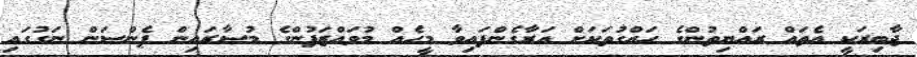
ޖާބިރަކީ އެތައް ރައްޔިތުންގެ ހައްގުތަކަށް އަރާގެންފައިވާ މީހެއް މުވައްޒަފުންގެ މުސާރައިން ޕެންސަން ނަގުގައި